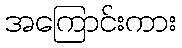
အကြောင်းကား